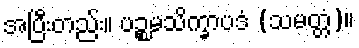
အပြီးတည်း။ ပဉ္စမသိက္ခာပဒံ (သမတ္တံ)။